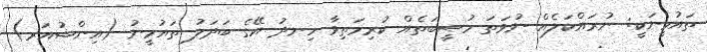
ތައުމީނަކީ: ނުރައްކަލެއް ނުވަތަ މުޞީބަތެއް ކުރިމަތިވާ ހިނދު އޭގެ ބަދަލު ތައުމީނު (އިންޝުއަރ)